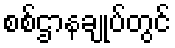
စစ်ဌာနချုပ်တွင်